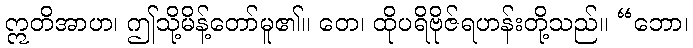
ဣတိအာဟ၊ ဤသို့မိန့်တော်မူ၏။ တေ၊ ထိုပရိဗိုဇ်ရဟန်းတို့သည်။ “ဘော၊